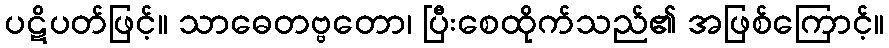
ပဋိပတ်ဖြင့်။ သာဓေတဗ္ဗတော၊ ပြီးစေထိုက်သည်၏ အဖြစ်ကြောင့်။